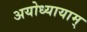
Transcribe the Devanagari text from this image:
अयोध्यायाम्